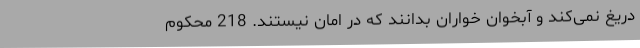
دریغ نمی‌کند و آبخوان خواران بدانند که در امان نیستند. 218 محکوم